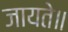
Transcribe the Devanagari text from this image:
जायते॥